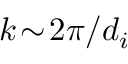
k \! \sim \! 2 \pi / d _ { i }